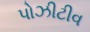
પોઝીટીવ